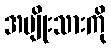
အမျိုးသားကို